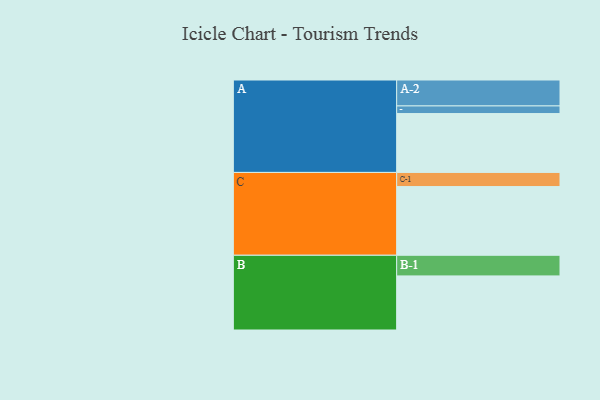
{"axis": {"x": "Segment", "y": "Value"}, "legend": ["", "A", "B", "C"], "data": [{"x": "A", "y": 479, "type": ""}, {"x": "B", "y": 440, "type": ""}, {"x": "C", "y": 559, "type": ""}, {"x": "A-1", "y": 62, "type": "A"}, {"x": "A-2", "y": 211, "type": "A"}, {"x": "B-1", "y": 168, "type": "B"}, {"x": "C-1", "y": 115, "type": "C"}]}